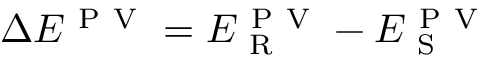
\Delta E ^ { \mathrm { ~ P ~ V ~ } } = E _ { \mathrm { ~ R ~ } } ^ { \mathrm { ~ P ~ V ~ } } - E _ { \mathrm { ~ S ~ } } ^ { \mathrm { ~ P ~ V ~ } }